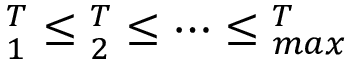
\l _ { 1 } ^ { T } \le \l _ { 2 } ^ { T } \le \cdots \le \l _ { m a x } ^ { T }